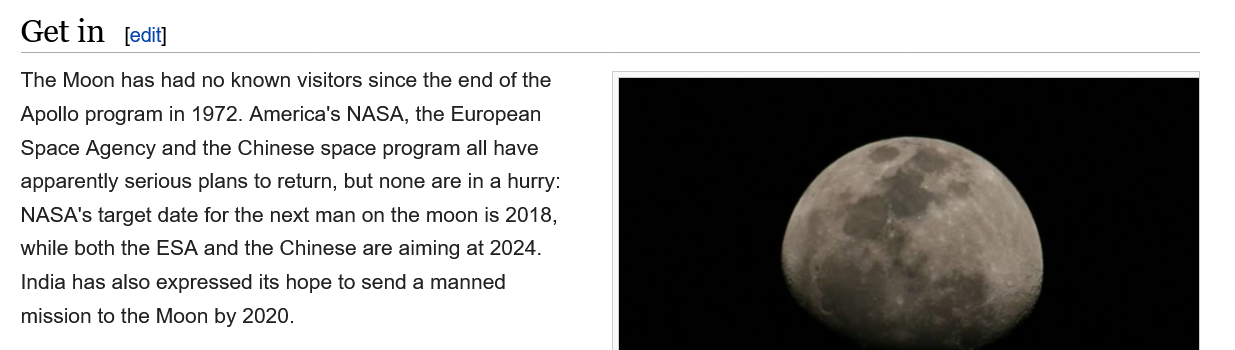
Get  in
  The Moon has had no known visitors since the end of the
  Apollo program in 1972. America's NASA, the European
  Space Agency and the Chinese space program all have
  apparently serious plans to return, but none are in a hurry:
   NASA's target date for the next man on the moon is 2018,
  while both the ESA and the Chinese are aiming at 2024.
   India has also expressed its hope to send a manned
   mission to the Moon by 2020.
     [edit]